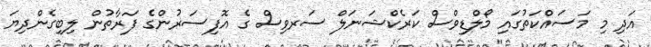
އަދި މި މަސައްކަތުގައި މޯލްޑިވްސް ކަރެކްޝަނަލް ސަރވިސް ގެ އޮފިސަރުންގެ ފަރާތުން ލިބިގެންދިޔަ